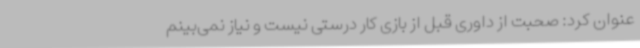
عنوان کرد: صحبت از داوری قبل از بازی کار درستی نیست و نیاز نمی‌بینم